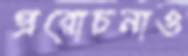
প্ররোচনাও